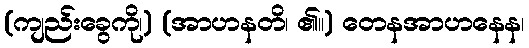
(ကျည်းခွေကို၊) (အာဟနတိ၊ ၏။) တေနအာဟနေန၊